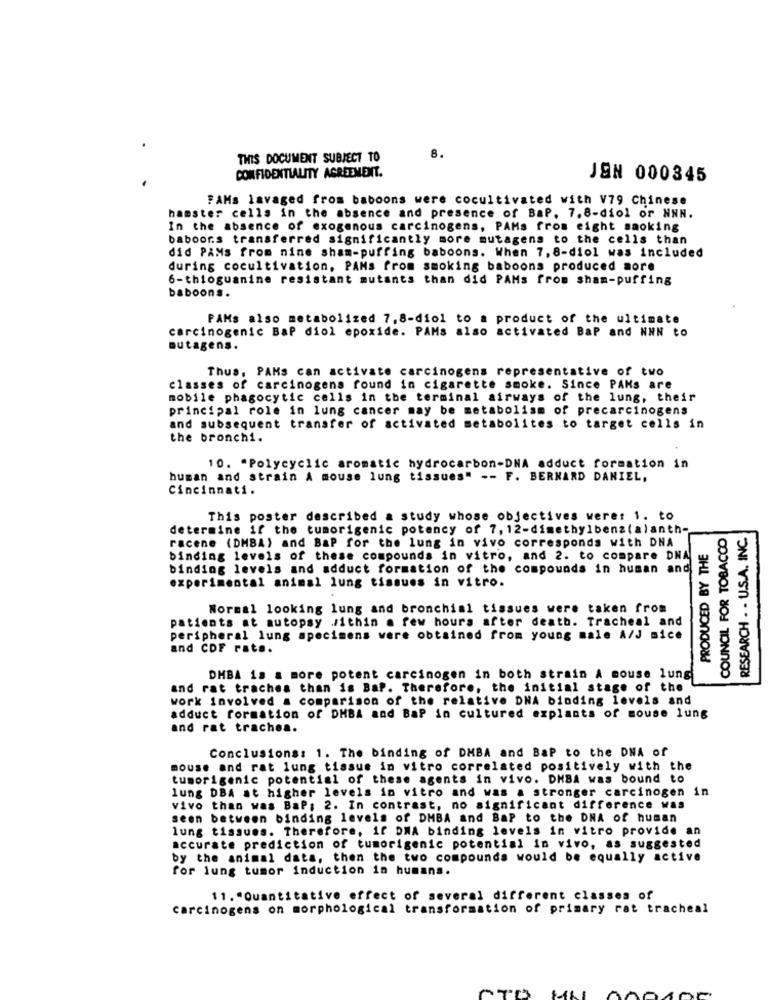
8.
THIS DOCUMENT SUBJECT TO
CONFIDENTIALITY AGREEMENT.
JEN 000345
PAMs lavaged from baboons were cocultivated with V79 Chinese
hamster cells in the absence and presence of BaP. 7.8-diol or NNN.
In the absence of exogenous carcinogens, PAMs from eight smoking
baboors transferred significantly more mutagens to the cells than
did PÅMs from nine sham-puffing baboons. When 7,8-diol was included
during cocultivation, PAMs from smoking baboons produced more
6-thioguanine resistant mutants than did PAMs from sham-puffing
baboons.
PAMs also metabolized 7,8-diol to a product of the ultimate
carcinogenic BaP diol epoxide. PAMs also activated BaP and NHN to
mutagens.
Thus, PAMs can activate carcinogens representative of two
classes of carcinogens found in cigarette smoke. Since PAKs are
mobile phagocytic cells in the terminal airways of the lung, their
principal role in lung cancer may be metabolism of precarcinogens
and subsequent transfer of activated metabolites to target cells in
the bronchi.
10. "Polycyclic aromatic hydrocarbon-DNA adduct formation in
human and strain A mouse lung tissues" -- F. BERNARD DANIEL,
Cincinnati.
This poster described a study whose objectives were: 1. to
determine if the tumorigenic potency of 7, 12-dimethylbenz(alanth-
COUNCIL FOR TOBACCO
RESEARCH . . U.S.A. INC.
racene (DMBA) and BaP for the lung in vivo corresponds with DNA
PRODUCED BY THE
binding levels of these compounds in vitro, and 2. to compare DNA
binding levels and adduct formation of the compounds in human and
experimental animal lung tissues in vitro.
Normal looking lung and bronchial tissues were taken from
patients at autopsy .within a few hours after death. Tracheal and
peripheral lung specimens were obtained from young male A/J mice
and CDF rat ..
DMBA is & more potent carcinogen in both strain A mouse lung
and rat trachea than is BaP. Therefore, the initial stage of the
work involved a comparison of the relative DNA binding levels and
adduct formation of DMBA and BaP in cultured explants of mouse lung
and rat trachea.
Conclusions: 1. The binding of DMBA and BaP to the DNA of
mouse and rat lung tissue in vitro correlated positively with the
tumorigenic potential of these agents in vivo. DHBA was bound to
lung DBA at higher levels in vitro and was a stronger carcinogen in
Vivo than was BaP: 2. In contrast, no significant difference was
seen between binding levels of DMBA and BaP to the DNA of human
lung tissues. Therefore, if DNA binding levels in vitro provide an
accurate prediction of tumorigenic potential in vivo, as suggested
by the animal data, then the two compounds would be equally active
for lung tumor induction in humans.
11. "Quantitative effect of several different classes of
carcinogens on morphological transformation of primary rat tracheal
OTO